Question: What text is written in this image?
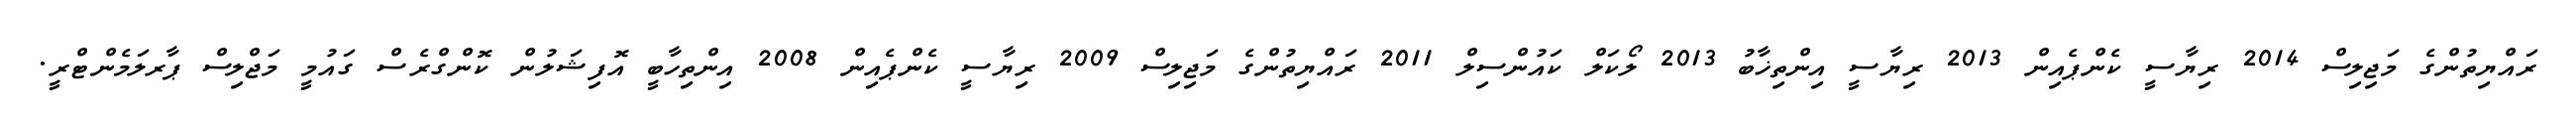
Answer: ރައްޔިތުންގެ މަޖިލިސް 2014 ރިޔާސީ ކެންޕެއިން 2013 ރިޔާސީ އިންތިޚާބު 2013 ލޯކަލް ކައުންސިލް 2011 ރައްޔިތުންގެ މަޖިލިސް 2009 ރިޔާސީ ކެންޕެއިން 2008 އިންތިހާބީ އޮފިޝަލުން ކޮންގްރެސް ގައުމީ މަޖްލިސް ޕާރލަމެންޓްރީ.